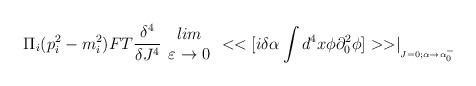
LaTeX: \begin{align*}\Pi _{i}(p^{2}_{i}-m^{2}_{i})FT\frac{\delta ^{4}}{\delta J^{4}}\begin{array}{c}lim\\\varepsilon \rightarrow 0\end{array}<<[i\delta \alpha \int d^{4}x\phi \partial ^{2}_{0}\phi ]>>\mid _{_{J=0;\alpha \rightarrow \alpha ^{-}_{0}}}\end{align*}